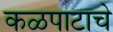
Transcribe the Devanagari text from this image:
कळपाटाचे